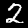
Label: 2